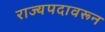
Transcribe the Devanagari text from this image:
राज्यपदावरून